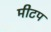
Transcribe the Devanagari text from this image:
मीटप